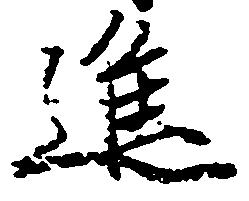
進